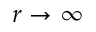
r \rightarrow \infty